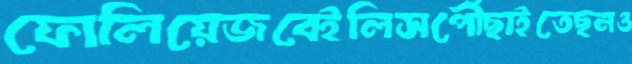
ফোলিয়েজবেইলিসপৌঁছাইতেছনও